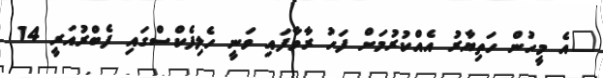
"އެ މީހުން ހަތިޔާރު އެެއްކުރުމަށް ފަހު ރާވާފައި ވަނީ ހެލިފެކްސްގައި ފެބްރުއަރީ 14